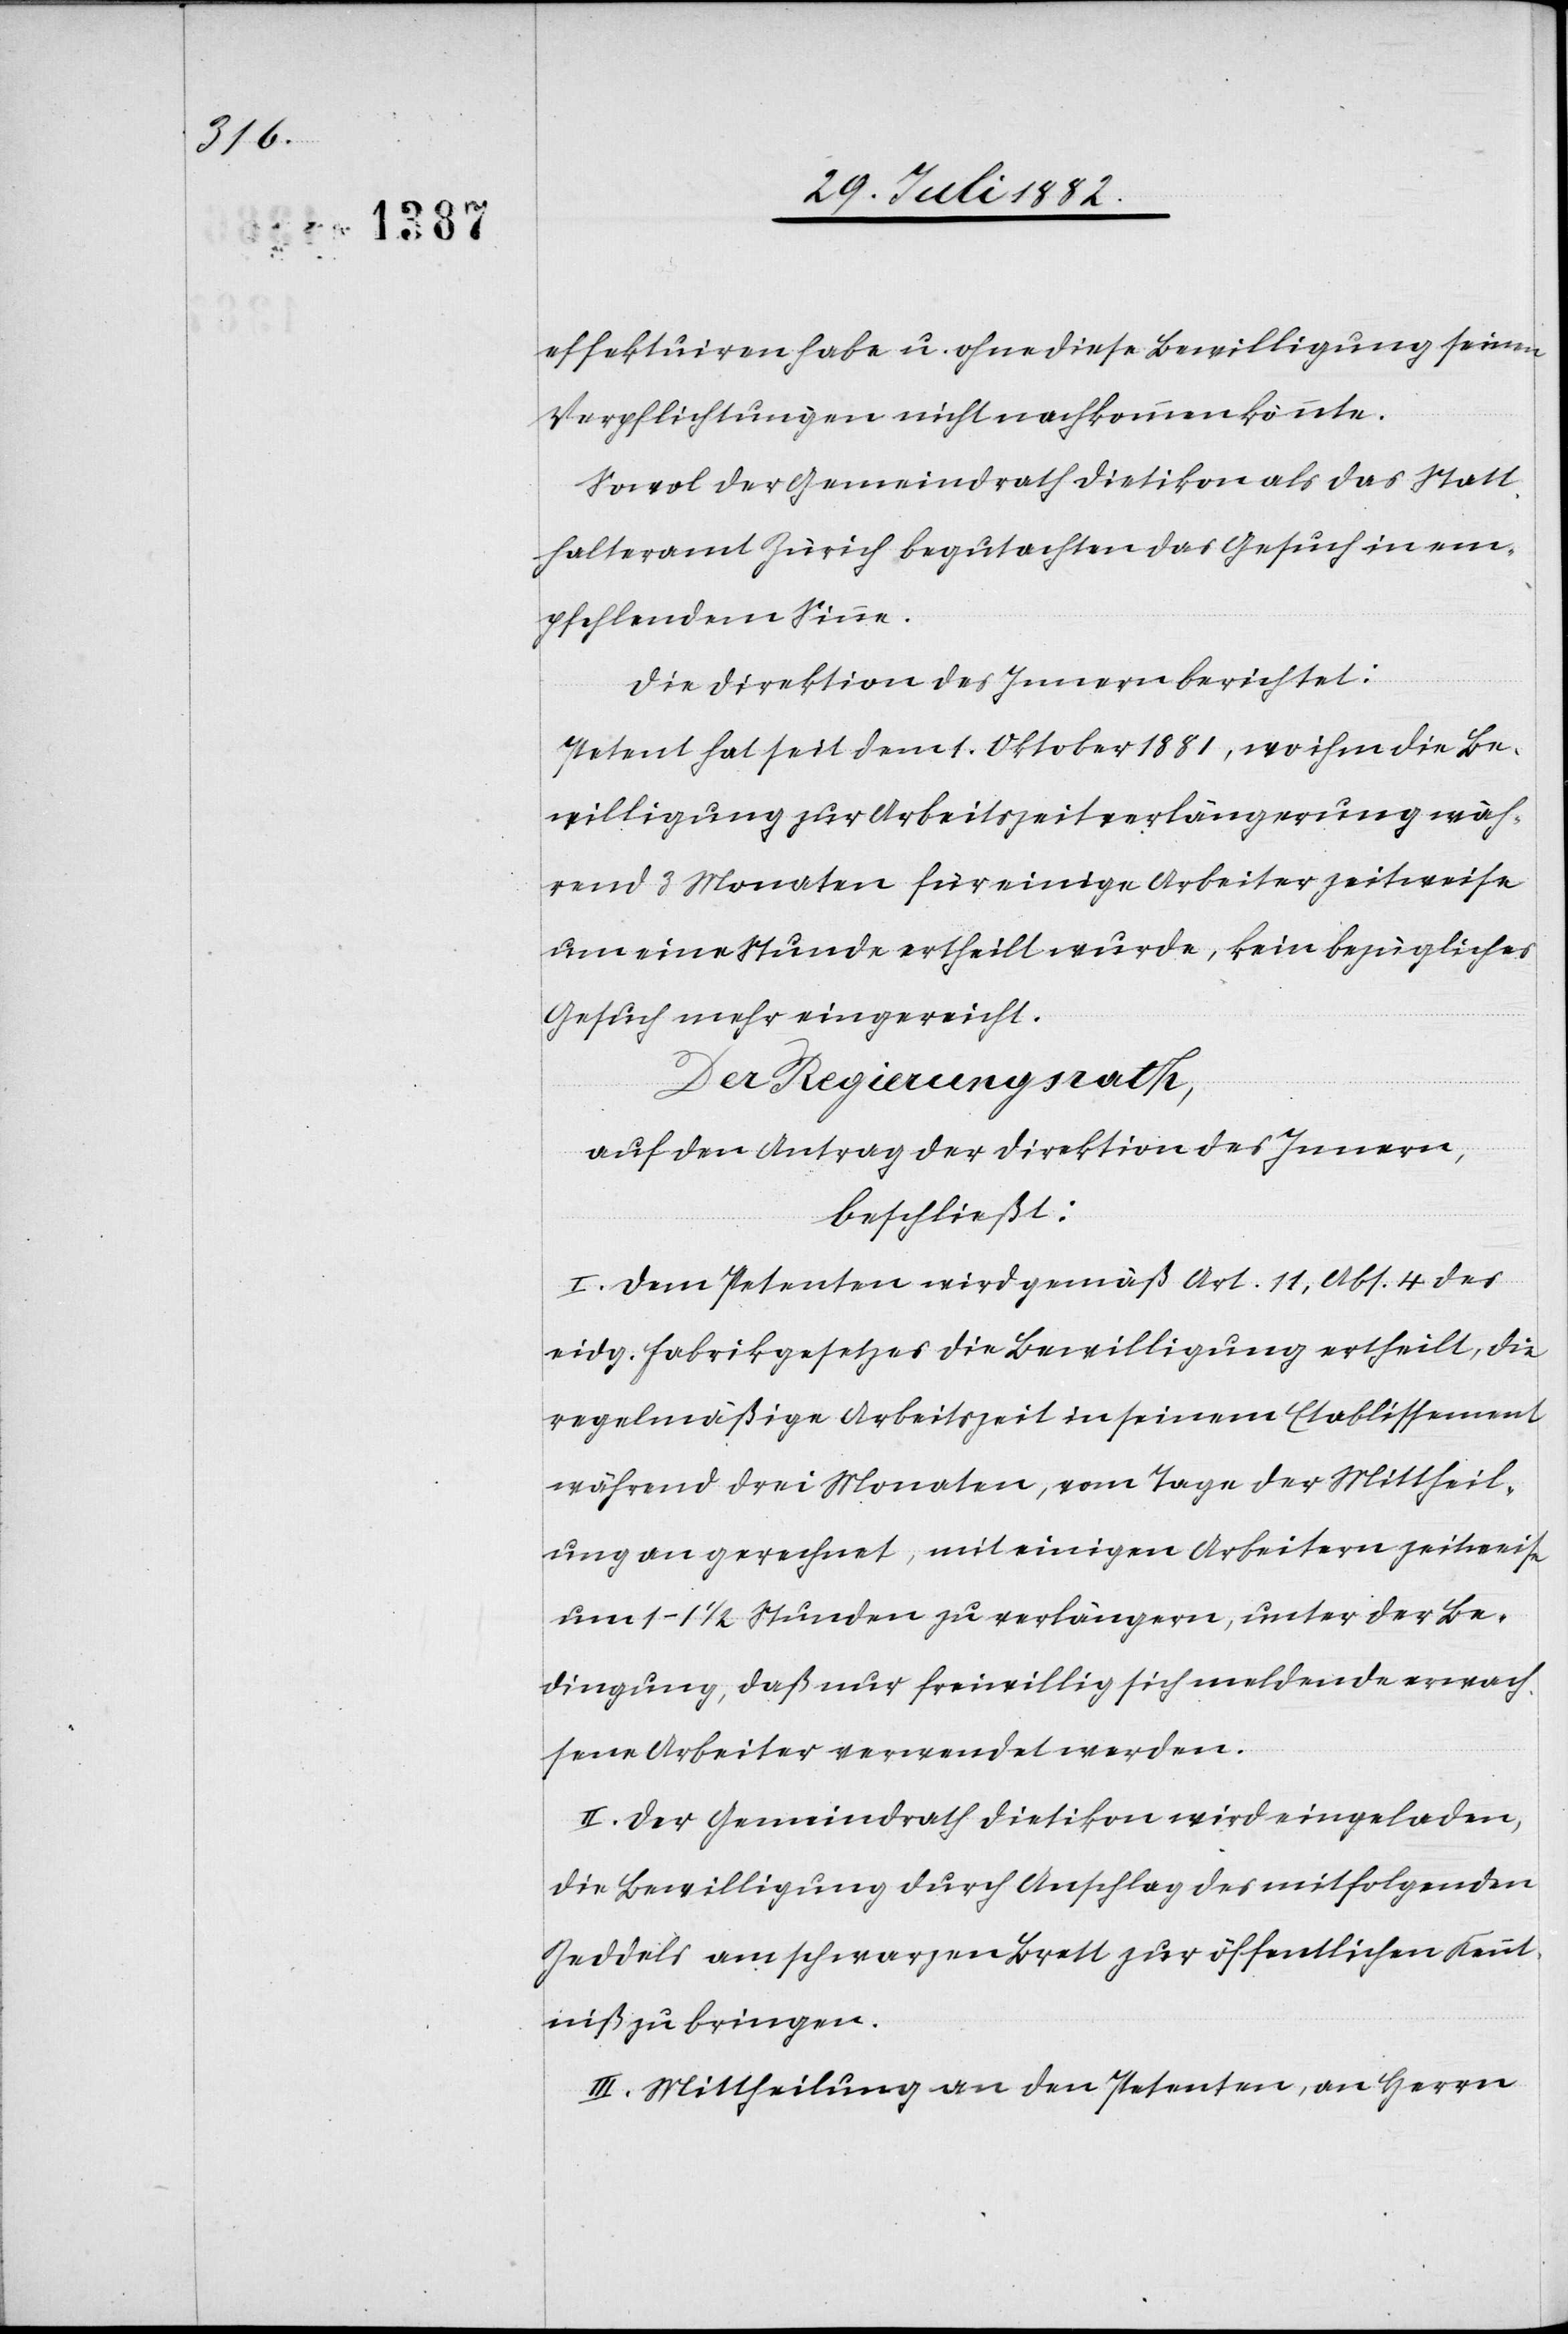
effektuiren u. ohne diese Bewilligung seinen
Verpflichtungen nicht nachkommen könnte.
Sowol der Gemeindrath Dietikon als das Statt¬
halteramt Zürich begutachten das Gesuch in em¬
pfehlendem Sinne.
Die Direktion des Innern berichtet:
Petent hat seit dem 1. Oktober 1881, wo ihm die Be¬
willigung zur Arbeitszeitverlängerung wäh¬
rend 3 Monaten für einige Arbeiter zeitweise
um eine Stunde ertheilt wurde, kein bezügliches
Gesuch mehr eingereicht.
Der Regierungsrath,
auf den Antrag der Direktion des Innern,
beschließt:
I. Dem Petenten wird gemäß Art. 11, Abs. 4 des
eidg. Fabrikgesetzes die Bewilligung ertheilt, die
regelmäßige Arbeitszeit in seinem Etablissement
während drei Monaten, vom Tage der Mittheil¬
ung an gerechnet, mit einigen Arbeitern zeitweise
um 1–1 1/2 Stunden zu verlängern, unter der Be¬
dingung, daß nur freiwillig sich meldende erwach¬
sene Arbeiter verwendet werden.
II. Der Gemeindrath Dietikon wird eingeladen,
die Bewilligung durch Anschlag des mitfolgenden
Zeddels am schwarzen Brett zur öffentlichen Kennt¬
niß zu bringen.
III. Mittheilung an den Petenten, an Herrn